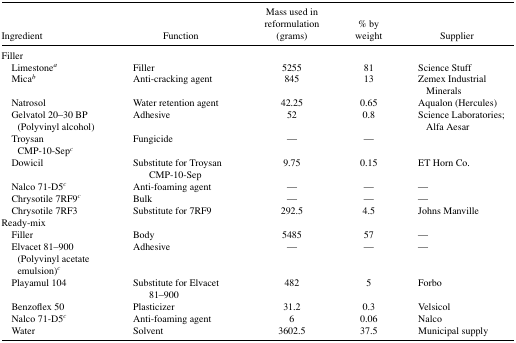
| Ingredient | Function | Mass used in reformulation (grams) | % by weight | Supplier |
 | --- | --- | --- | --- | --- |
 | Filler |  |  |  |  |
 | Limestonea | Filler | 5255 | 81 | Science Stuff |
 | Micab | Anti-cracking agent | 845 | 13 | Zemex Industrial Minerals |
 | Natrosol | Water retention agent | 42.25 | 0.65 | Aqualon (Hercules) |
 | Gelvatol 20-30 BP (Polyvinyl alcohol) | Adhesive | 52 | 0.8 | Science Laboratories; Alfa Aesar |
 | Troysan CMP-10-Sepc | Fungicide | — | — |  |
 | Dowicil | Substitute for Troysan CMP-10-Sep | 9.75 | 0.15 | ET Horn Co. |
 | Nalco 71-D5c | Anti-foaming agent | — | — | — |
 | Chrysotile 7RF9c | Bulk | — | — | — |
 | Chrysotile 7RF3 | Substitute for 7RF9 | 292.5 | 4.5 | Johns Manville |
 | Ready-mix |  |  |  |  |
 | Filler | Body | 5485 | 57 | — |
 | Elvacet 81-900 (Polyvinyl acetate emulsion)c | Adhesive | — | — | — |
 | Playamul 104 | Substitute for Elvacet 81-900 | 482 | 5 | Forbo |
 | Benzoflex 50 | Plasticizer | 31.2 | 0.3 | Velsicol |
 | Nalco 71-D5c | Anti-foaming agent | 6 | 0.06 | Nalco |
 | Water | Solvent | 3602.5 | 37.5 | Municipal supply |